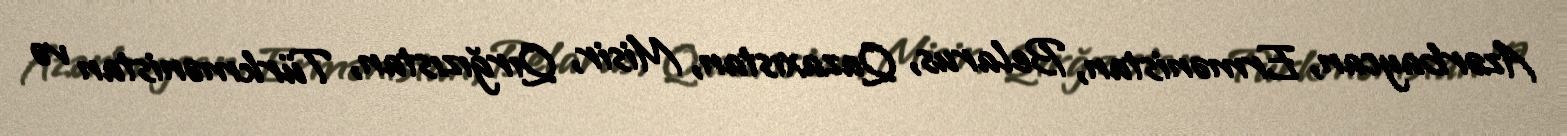
Azərbaycan, Ermənistan, Belarus, Qazaxıstan, Misir, Qırğızıstan, Türkmənistan və